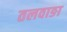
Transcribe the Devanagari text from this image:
तलवाङा